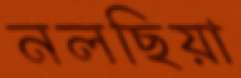
নলছিয়া